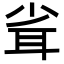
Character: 𦕉